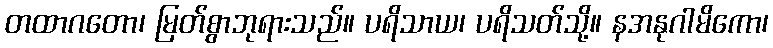
တထာဂတော၊ မြတ်စွာဘုရားသည်။ ပရိသာယ၊ ပရိသတ်သို့။ နအနုဂါမိကော၊